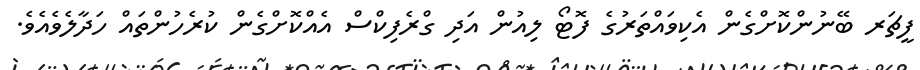
ފީޗަރ ބޭނުންކޮށްގެން އެކިވައްތަރުގެ ފޮޓޯ ލިއުން އަދި ގްރެފިކްސް އެއްކޮށްގެން ކުރެހުންތައް ހަދާލެވެއެވެ.